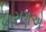
કારણએ